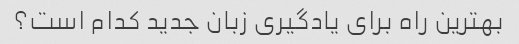
بهترین راه برای یادگیری زبان جدید کدام است؟